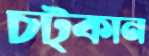
চট্‌কান